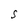
Character: S